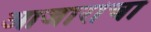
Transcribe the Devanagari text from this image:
आजारांचा